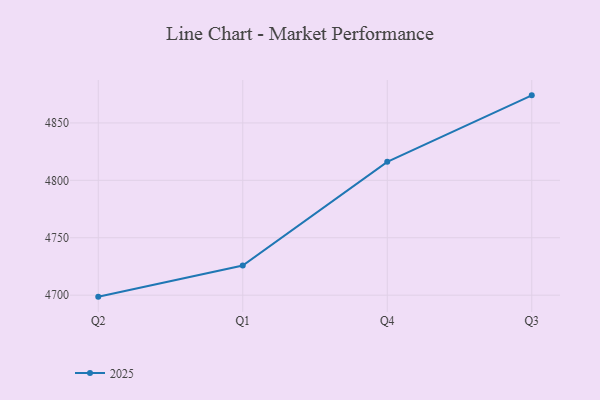
{"axis": {"x": "Quarter", "y": "Satisfaction Score"}, "legend": ["2025"], "data": [{"x": "Q2", "y": 4698.7, "type": "2025"}, {"x": "Q1", "y": 4725.8, "type": "2025"}, {"x": "Q4", "y": 4816.1, "type": "2025"}, {"x": "Q3", "y": 4874.0, "type": "2025"}]}